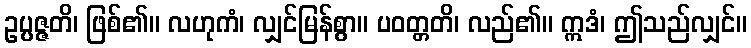
ဥပ္ပဇ္ဇတိ၊ ဖြစ်၏။ လဟုကံ၊ လျှင်မြန်စွာ။ ပဝတ္တတိ၊ လည်၏။ ဣဒံ၊ ဤသည်လျှင်။